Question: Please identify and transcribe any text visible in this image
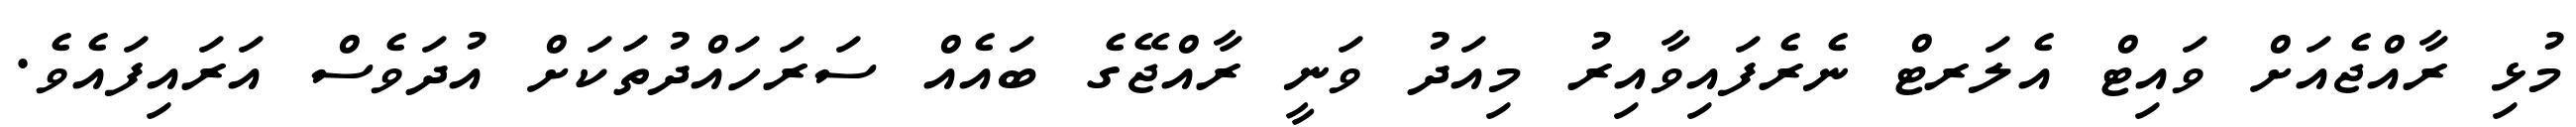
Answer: މުޅި ރާއްޖެއަށް ވައިޓް އެލަރޓް ނެރެފައިވާއިރު މިއަދު ވަނީ ރާއްޖޭގެ ބައެއް ސަރަހައްދުތަކަށް އުދަވެސް އަރައިފައެވެ.